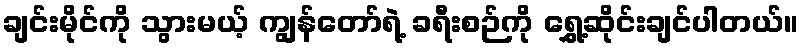
ချင်းမိုင်ကို သွားမယ့် ကျွန်တော်ရဲ့ ခရီးစဉ်ကို ရွှေ့ဆိုင်းချင်ပါတယ်။